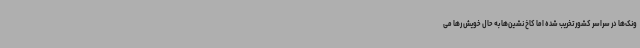
ونک‌ها در سراسر کشور تخریب شده اما کاخ نشین‌ها به حال خویش رها می